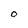
Character: O